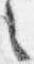
之